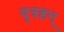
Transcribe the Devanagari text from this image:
वृत्रहन्